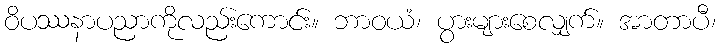
ဝိပဿနာပညာကိုလည်းကောင်း။ ဘာဝယံ၊ ပွားများစေလျှက်။ အာတာပီ၊